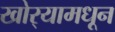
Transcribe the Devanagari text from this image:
खोर्‍यामधून